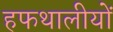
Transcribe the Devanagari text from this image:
हफथालीयों